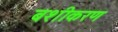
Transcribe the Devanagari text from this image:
बशीकरण